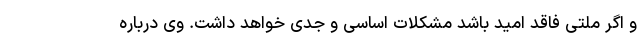
و اگر ملتی فاقد امید باشد مشکلات اساسی و جدی خواهد داشت. وی درباره